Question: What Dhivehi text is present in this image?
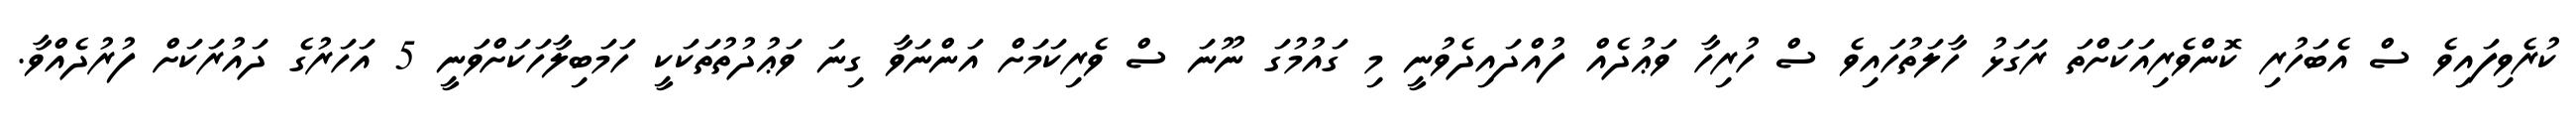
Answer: ކުރެވިފައިވެ ސް އެބަހުރި ކޮންވެރިއަކަށްތަ ރަގަޅު ހާލަތުހައިވެ ސް ހުރިހާ ވަޢުދެއް ފުއްދައިދެވުނީ މި ގައުމުގަ ނޫނަ ސް ވެރިކަމަށް އަންނަވާ ގިނަ ވަޢުދުތުތަކަކީ ހަމަބިލާހަކަށްވަނީ 5 އަހަރުގެ ދައުރަކަށް ފުރުދެއްވާ.